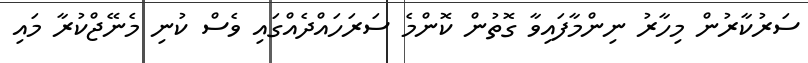
ސަރުކާރުން މިހާރު ނިންމާފައިވާ ގޮތުން ކޮޮންމެ ސަރަހައްދެއްގައި ވެސް ކުނި މެނޭޖްކުރާ މައި